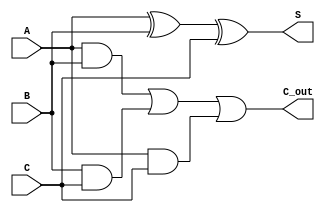
module CSA_Cell (
    input wire A,
    input wire B,
    input wire C,
    output wire S,
    output wire C_out
);
    // Sum output
    assign S = A ^ B ^ C;
    // Carry output
    assign C_out = (A & B) | (B & C) | (A & C);
endmodule